Lunatic asylums Central Provinces reports 1910-1926 - 1910-1926
Year: 1910
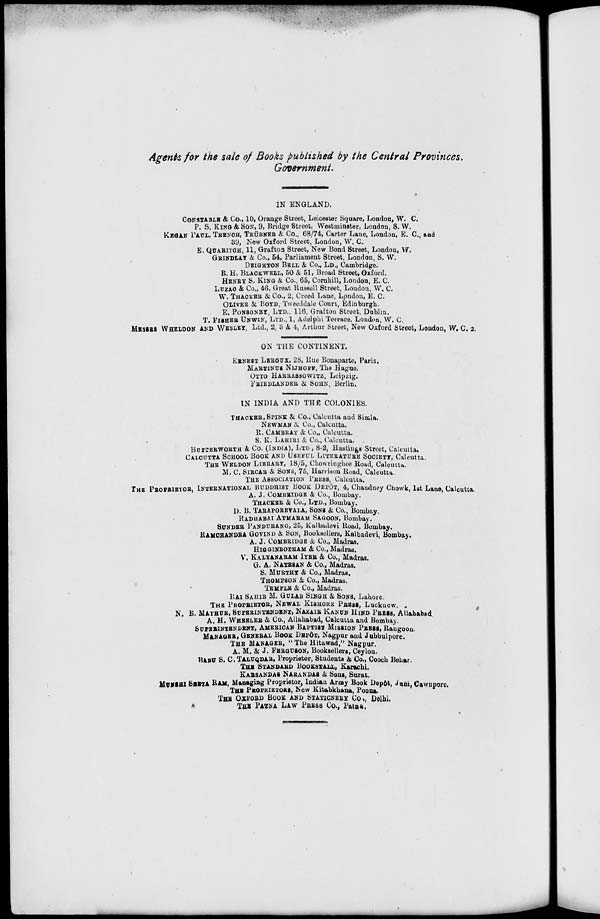
Agents for the sale of Books published by the Central Provinces.
Government.
IN ENGLAND.
CONSTABLE & Co., 10, Orange Street, Leicester Square, London, W. C.
P. S. KING & SON, 9, Bridge Street, Westminster, London, S. W.
KEGAN PAUL, TRENCH, TRÜBNER & Co., 68/74, Carter Lane, London, E. C., and
39, New Oxford Street, London, W. C.
E. QUARITCH, 11, Grafton Street, New Bond Street, London, W.
GRINDLAY & Co., 54, Parliament Street, London, S. W.
DEIGHTON BELL & Co., LD., Cambridge.
B. H. BLACKWELL, 50 & 51, Broad Street, Oxford.
HENRY S. KING & Co., 65, Cornhill, London, E. C.
LUZAC & Co., 46, Great Russell Street, London, W. C.
W. THACKER & Co., 2, Creed Lane, London, E. C.
OLIVER & BOYD, Tweeddale Court, Edinburgh.
E. PONSONBY, LTD., 116, Grafton Street, Dublin.
T. FISHER UNWIN, LTD., 1, Adelphi Terrace, London, W. C.
MESERS WHELDON AND WESLEY, Ltd., 2, 3 & 4, Arthur Street, New Oxford Street, London, W. C. 2.
ON THE CONTINENT.
ERNEST LEROUX, 28, Rue Bonaparte, Paris.
MARTINUS NIJHOFF, The Hague.
OTTO HARRASSOWITZ, Leipzig.
FRIEDLANDER & SOHN, Berlin.
IN INDIA AND THE COLONIES.
THACKER, SPINK & Co., Calcutta and Simla.
NEWMAN & Co., Calcutta.
R. CAMBRAY & Co., Calcutta.
S. K. LAHIRI & Co., Calcutta.
BUTTERWORTH & Co. (INDIA), Ltd , 8-2, Hastings Street, Calcutta.
CALCUTTA SCHOOL BOOK AND USEFUL LITERATURE SOCIETY, Calcutta.
THE WELDON LIBRARY, 18/5, Chowringhee Road, Calcutta.
M. C. SIRCAR & SONS, 75, Harrison Road, Calcutta.
THE ASSOCIATION PRESS, Calcutta.
THE PROPRIETOR, INTERNATIONAL BUDDHIST BOOK DEPOT, 4, Chaudney Chowk, 1st Lane, Calcutta.
A. J. COMBRIDGE & Co., Bombay.
THACKER & Co., LTD., Bombay.
D. B. TARAPOREVALA, SONS & Co., Bombay.
RADUABAI ATMARAM SAGOON, Bombay.
SUNDER PANDURANG, 25, Kalbadevi Road, Bombay.
RAMCHANDRA GOVIND & SON, Booksellers, Kalbadevi, Bombay.
A. J. COMBRIDGE & Co., Madras.
HIGGINBOTHAM & Co., Madras.
V. KALYANARAM IYER & Co., Madras.
G. A. NATESAN & Co., Madras.
S. MURTHY & Co., Madras.
THOMPSON & Co., Madras.
TEMPLE & Co., Madras.
RAI SAHIB M. GULAB SINGH & SONS, Lahore.
THE PROPRIETOR, NEWAL KISHORE PRESS, Lucknow.
N. B. MATHUR, SUPERINTENDENT, NAZAIR KANUN HIND PRESS, Allahabad
A. H. WHEELER & Co., Allahabad, Calcutta and Bombay.
SUPERINTENDENT, AMERICAN BAPTIST MISSION PRESS, Rangoon.
MANAGER, GENERAL BOOK DEPÔT, Nagpur and Jubbulpore.
THE MANAGER, " The Hitawad," Nagpur.
A. M. & J. FERGUSON, Booksellers, Ceylon.
BABU S. C. TALUQDAR, Proprietor, Students & Co., Cooch Behar.
THE STANDARD BOOKSTALL, Karachi.
KARSANDAS NARANDAS & Sons, Surat.
MUNSHI SEETA RAM, Managing Proprietor, Indian Army Book Depôt, Juni, Cawnpore.
THE PROPRIETORS, New Kitabkhana, Poona.
THE OXFORD BOOK AND STATIONERY Co., Delhi.
THE PATNA LAW PRESS Co., Patna.